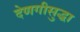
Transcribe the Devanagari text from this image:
देणगीसुद्धा